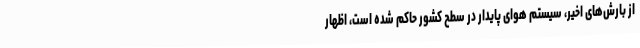
از بارش‌های اخیر، سیستم هوای پایدار در سطح کشور حاکم شده است، اظهار